Indian journal of veterinary science and animal husbandry - Volumes 22-23, 1952-1953
Year: 1952
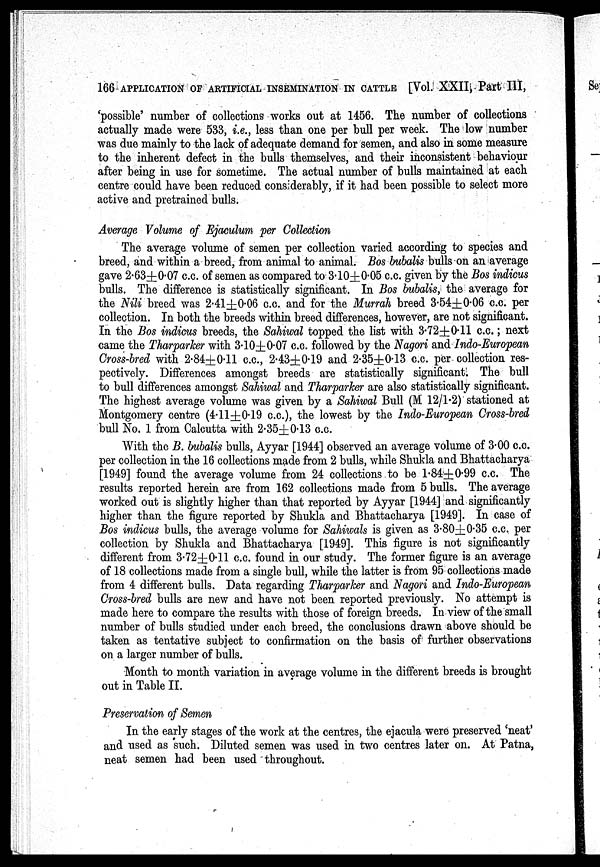
166 APPLICATION OF ARTIFICIAL INSEMINATION IN CATTLE [Vol. XXII, Part III,
'possible' number of collections works out at 1456. The number of collections
actually made were 533, i.e., less than one per bull per week. The low number
was due mainly to the lack of adequate demand for semen, and also in some measure
to the inherent defect in the bulls themselves, and their inconsistent behaviour
after being in use for sometime. The actual number of bulls maintained at each
centre could have been reduced considerably, if it had been possible to select more
active and pretrained bulls.
Average Volume of Ejaculum per Collection
The average volume of semen per collection varied according to species and
breed, and within a breed, from animal to animal. Bos bubalis bulls on an average
gave 2.63±0.07 c.c. of semen as compared to 3.10±0.05 c.c. given by the Bos indicus
bulls. The difference is statistically significant. In Bos bubalis, the average for
the Nili breed was 2.41±0.06 c.c. and for the Murrah breed 3.54±0.06 c.c. per
collection. In both the breeds within breed differences, however, are not significant.
In the Bos indicus breeds, the Sahiwal topped the list with 3.72±0.11 c.c.; next
came the Tharparker with 3.10±0.07 c.c. followed by the Nagori and Indo-European
Cross-bred with 2.84±0.11 c.c., 2.43±0.19 and 2.35±0.13 c.c. per collection res-
pectively. Differences amongst breeds are statistically significant. The bull
to bull differences amongst Sahiwal and Tharparker are also statistically significant.
The highest average volume was given by a Sahiwal Bull (M 12/1.2) stationed at
Montgomery centre (4.11±0.19 c.c.), the lowest by the Indo-European Cross-bred
bull No. 1 from Calcutta with 2.35±0.13 c.c.
With the B. bubalis bulls, Ayyar [1944] observed an average volume of 3.00 c.c.
per collection in the 16 collections made from 2 bulls, while Shukla and Bhattacharya
[1949] found the average volume from 24 collections to be 1.84±0.99 c.c. The
results reported herein are from 162 collections made from 5 bulls. The average
worked out is slightly higher than that reported by Ayyar [1944] and significantly
higher than the figure reported by Shukla and Bhattacharya [1949]. In case of
Bos indicus bulls, the average volume for Sahiwals is given as 3.80±0.35 c.c. per
collection by Shukla and Bhattacharya [1949]. This figure is not significantly
different from 3.72±0.11 c.c. found in our study. The former figure is an average
of 18 collections made from a single bull, while the latter is from 95 collections made
from 4 different bulls. Data regarding Tharparker and Nagori and Indo-European
Cross-bred bulls are new and have not been reported previously. No attempt is
made here to compare the results with those of foreign breeds. In view of the small
number of bulls studied under each breed, the conclusions drawn above should be
taken as tentative subject to confirmation on the basis of further observations
on a larger number of bulls.
Month to month variation in average volume in the different breeds is brought
out in Table II.
Preservation of Semen
In the early stages of the work at the centres, the ejacula were preserved 'neat'
and used as such. Diluted semen was used in two centres later on. At Patna,
neat semen had been used throughout.